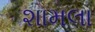
શામલા